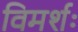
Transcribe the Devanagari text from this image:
विमर्शः